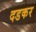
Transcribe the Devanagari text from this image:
दडकर